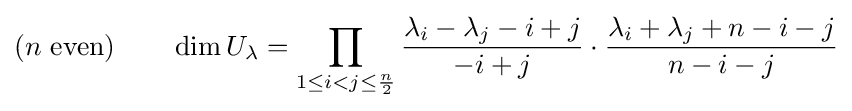
(n{\text{ even}})\qquad \dim U_{\lambda }=\prod _{1\leq i<j\leq {\frac {n}{2}}}{\frac {\lambda _{i}-\lambda _{j}-i+j}{-i+j}}\cdot {\frac {\lambda _{i}+\lambda _{j}+n-i-j}{n-i-j}}